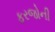
ફરજોની